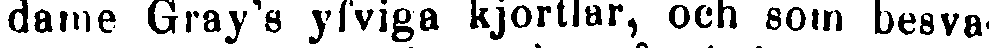
darne Gray's yfviga kjortlar, och som besva-